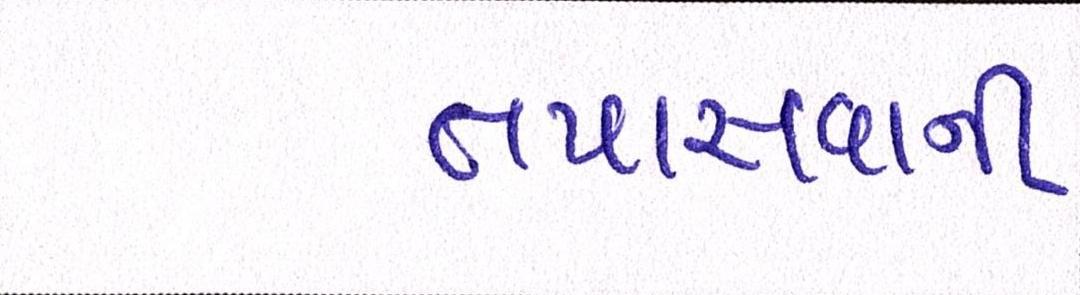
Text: તપાસવાની